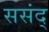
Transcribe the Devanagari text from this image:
ससंद्